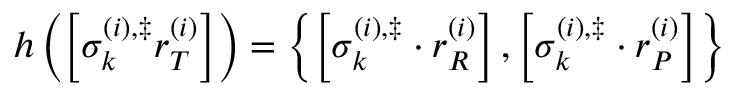
h \left( \left[ \sigma _ { k } ^ { \left( i \right) , \ddag } r _ { T } ^ { \left( i \right) } \right] \right) = \left\{ \left[ \sigma _ { k } ^ { \left( i \right) , \ddag } \cdot r _ { R } ^ { \left( i \right) } \right] , \left[ \sigma _ { k } ^ { \left( i \right) , \ddag } \cdot r _ { P } ^ { \left( i \right) } \right] \right\}